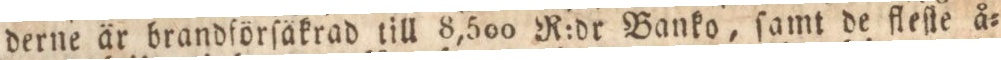
derne är brandförſäkrad till 8,500 R:dr Banko, ſamt de fleſte å=